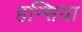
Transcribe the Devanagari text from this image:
हन्सिया